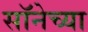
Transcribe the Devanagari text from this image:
सॉनेच्या